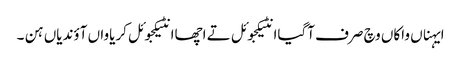
ایہناں واکاں وچ صرف آگیاانٹیکجوئل تے اچھاانٹیکجوئل کریاواں آؤندیاں ہن ۔